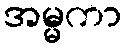
အမ္မကာ